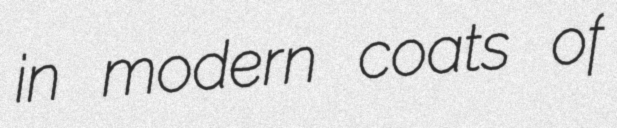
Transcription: in modern coats of